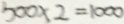
5 0 0 \times 2 = 1 0 0 0